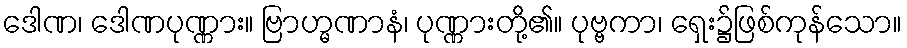
ဒေါဏ၊ ဒေါဏပုဏ္ဏား။ ဗြာဟ္မဏာနံ၊ ပုဏ္ဏားတို့၏။ ပုဗ္ဗကာ၊ ရှေး၌ဖြစ်ကုန်သော။